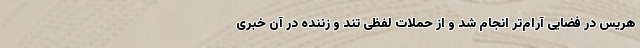
هریس در فضایی آرام‌تر انجام شد و از حملات لفظی تند و زننده در آن خبری